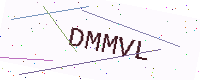
Text: DMMVL